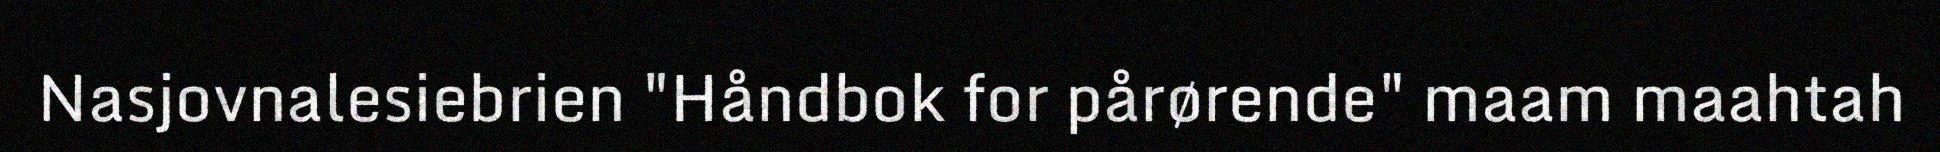
Nasjovnalesiebrien "Håndbok for pårørende" maam maahtah